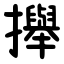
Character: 攑